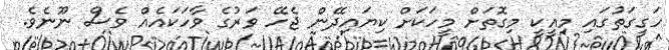
ހަގީގަތުގައި މިއީކީ މިގޮތަށް މީހަކަށް ކިޔައިދޭން ޖެހޭ ވަރުގެ ވާހަކައެއް ވެސް ނޫނެވެ.